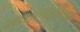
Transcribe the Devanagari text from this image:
सकंल्पनेवर